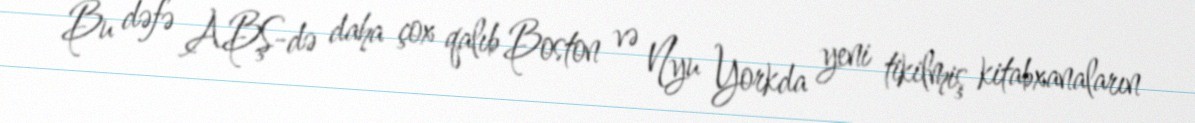
Bu dəfə ABŞ-də daha çox qalıb Boston və Nyu Yorkda yeni tikilmiş kitabxanaların